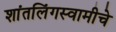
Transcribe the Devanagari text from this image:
शांतलिंगस्वामीचे